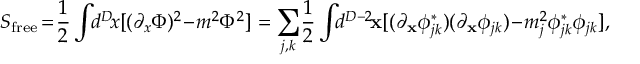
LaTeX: S _ { \mathrm { f r e e } } \! = \! \frac { 1 } { 2 } \int \! \! d ^ { D } \! x [ ( \partial _ { x } \Phi ) ^ { 2 } \! - \! m ^ { 2 } \Phi ^ { 2 } ] = \sum _ { j , k } \! \frac { 1 } { 2 } \int \! \! d ^ { D - 2 } \! { \bf x } [ ( \partial _ { \bf x } \phi _ { j k } ^ { * } ) ( \partial _ { \bf x } \phi _ { j k } ) \! - \! m _ { j } ^ { 2 } \phi _ { j k } ^ { * } \phi _ { j k } ] ,